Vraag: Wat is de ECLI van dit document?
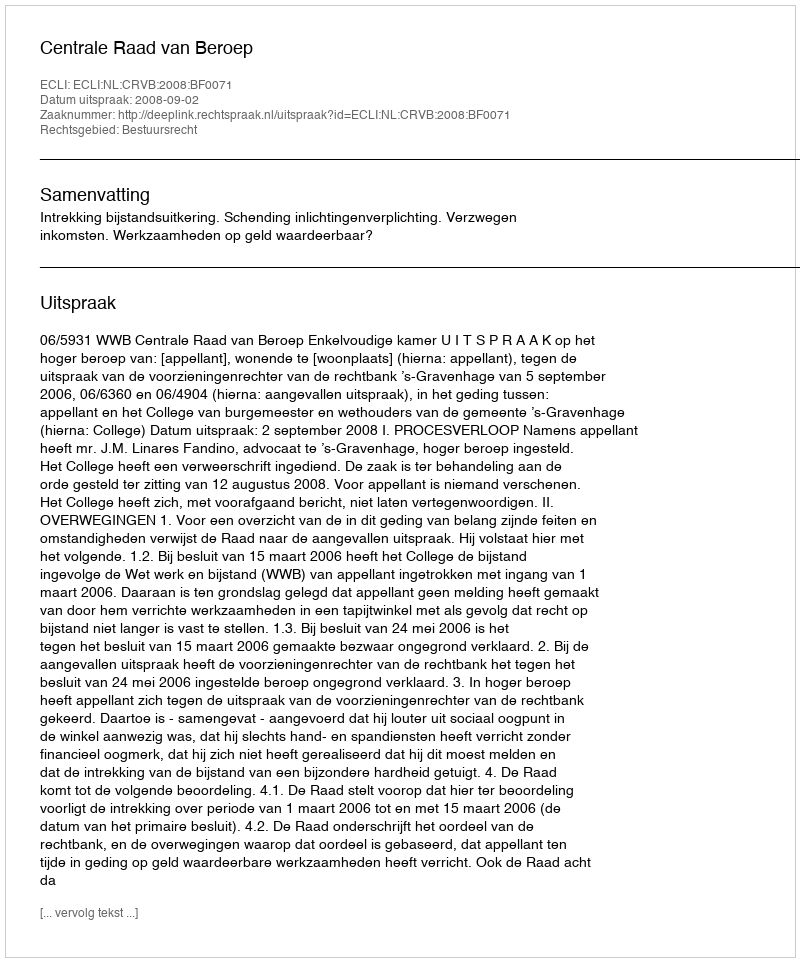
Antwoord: ECLI:NL:CRVB:2008:BF0071